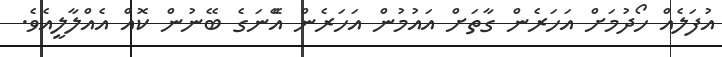
އުފަލެެއް ހޯދުމަށް އަހަރެން ގާތަށް އައުމުން އަހަރެން އެޭނަގެ ބޭނުން ކޮއް އެއްލާލީއެވެ.